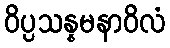
ဝိပ္ပသန္နမနာဝိလံ